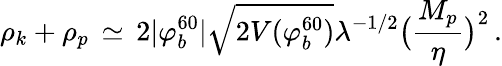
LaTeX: \rho_{k}+\rho_{p}\, \simeq\, 2|\varphi_{b}^{60}|\sqrt{2V(\varphi_{b}^{60})}\lambda^{-1/2}\bigl({\frac{M_{p}}{\eta}}\bigr)^{2}\, .